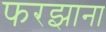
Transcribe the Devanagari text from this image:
फरझाना